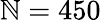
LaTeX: \mathbb{N}=450